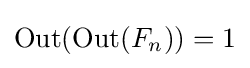
{\textstyle \mathrm {Out} (\mathrm {Out} (F_{n}))={1}}